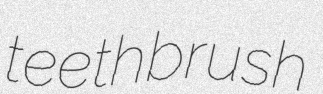
teethbrush